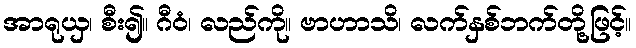
အာရုယှ၊ စီး၍။ ဂီဝံ၊ လည်ကို။ ဗာဟာသိ၊ လက်နှစ်ဘက်တို့ဖြင့်။